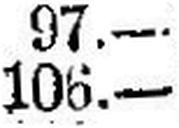
106.—